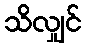
သိလျှင်